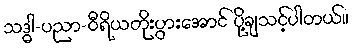
သဒ္ဓါ-ပညာ-ဝီရိယတိုးပွားအောင် ပို့ချသင့်ပါတယ်။